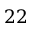
2 2